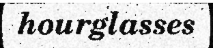
hourglasses